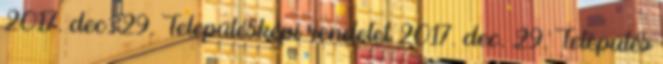
2017. dec. 29. Településképi rendelet 2017. dec. 29. Település